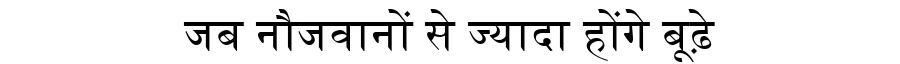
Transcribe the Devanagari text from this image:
जब नौजवानों से ज्यादा होंगे बूढ़े